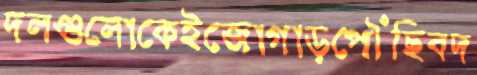
দলগুলোকেইজোগাড়পৌঁছিবদ